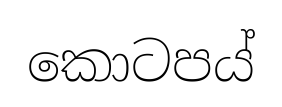
කොටපය්